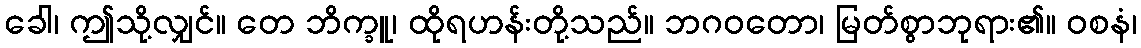
ခေါ၊ ဤသို့လျှင်။ တေ ဘိက္ခူ၊ ထိုရဟန်းတို့သည်။ ဘဂဝတော၊ မြတ်စွာဘုရား၏။ ဝစနံ၊